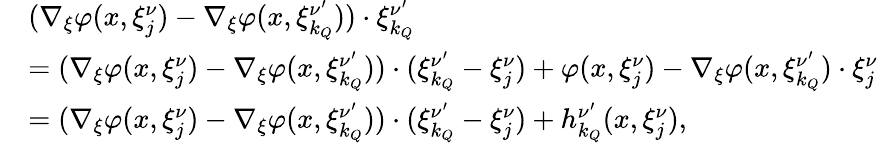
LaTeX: \begin{array}{rl}&{(\nabla_{\xi}\varphi(x,\xi_{j}^{\nu})-\nabla_{\xi}\varphi(x,\xi_{k_{Q}}^{\nu^{\prime}}))\cdot\xi_{k_{Q}}^{\nu^{\prime}}}\\ &{=(\nabla_{\xi}\varphi(x,\xi_{j}^{\nu})-\nabla_{\xi}\varphi(x,\xi_{k_{Q}}^{\nu^{\prime}}))\cdot(\xi_{k_{Q}}^{\nu^{\prime}}-\xi_{j}^{\nu})+\varphi(x,\xi_{j}^{\nu})-\nabla_{\xi}\varphi(x,\xi_{k_{Q}}^{\nu^{\prime}})\cdot\xi_{j}^{\nu}}\\ &{=(\nabla_{\xi}\varphi(x,\xi_{j}^{\nu})-\nabla_{\xi}\varphi(x,\xi_{k_{Q}}^{\nu^{\prime}}))\cdot(\xi_{k_{Q}}^{\nu^{\prime}}-\xi_{j}^{\nu})+h_{k_{Q}}^{\nu^{\prime}}(x,\xi_{j}^{\nu}),}\end{array}